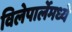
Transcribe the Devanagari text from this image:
विलेपार्लेमध्ये